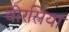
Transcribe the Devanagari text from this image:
वीरस्त्रिया